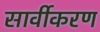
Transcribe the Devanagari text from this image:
सार्वीकरण